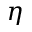
\eta